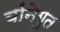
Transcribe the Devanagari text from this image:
वोंनेगुत